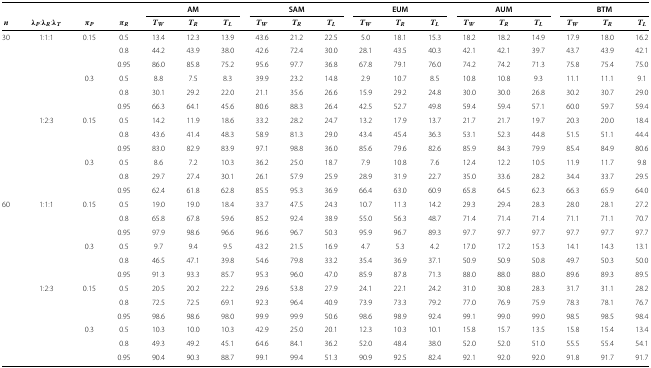
<table><thead><tr><td></td><td></td><td></td><td></td><td colspan="3"><b>AM</b></td><td colspan="3"><b>SAM</b></td><td colspan="3"><b>EUM</b></td><td colspan="3"><b>AUM</b></td><td colspan="3"><b>BTM</b></td></tr><tr><td><b><i>n</i></b></td><td><b><i>λ</i><sub><i>P</i></sub>: <i>λ</i><sub><i>R</i></sub>: <i>λ</i><sub><i>T</i></sub></b></td><td><b><i>π</i><sub><i>P</i></sub></b></td><td><b><i>π</i><sub><i>R</i></sub></b></td><td><b><i>T</i><sub><i>W</i></sub></b></td><td><b><i>T</i><sub><i>R</i></sub></b></td><td><b><i>T</i><sub><i>L</i></sub></b></td><td><b><i>T</i><sub><i>W</i></sub></b></td><td><b><i>T</i><sub><i>R</i></sub></b></td><td><b><i>T</i><sub><i>L</i></sub></b></td><td><b><i>T</i><sub><i>W</i></sub></b></td><td><b><i>T</i><sub><i>R</i></sub></b></td><td><b><i>T</i><sub><i>L</i></sub></b></td><td><b><i>T</i><sub><i>W</i></sub></b></td><td><b><i>T</i><sub><i>R</i></sub></b></td><td><b><i>T</i><sub><i>L</i></sub></b></td><td><b><i>T</i><sub><i>W</i></sub></b></td><td><b><i>T</i><sub><i>R</i></sub></b></td><td><b><i>T</i><sub><i>L</i></sub></b></td></tr></thead><tbody><tr><td>30</td><td>1:1:1</td><td>0.15</td><td>0.5</td><td>13.4</td><td>12.3</td><td>13.9</td><td>43.6</td><td>21.2</td><td>22.5</td><td>5.0</td><td>18.1</td><td>15.3</td><td>18.2</td><td>18.2</td><td>14.9</td><td>17.9</td><td>18.0</td><td>16.2</td></tr><tr><td></td><td></td><td></td><td>0.8</td><td>44.2</td><td>43.9</td><td>38.0</td><td>42.6</td><td>72.4</td><td>30.0</td><td>28.1</td><td>43.5</td><td>40.3</td><td>42.1</td><td>42.1</td><td>39.7</td><td>43.7</td><td>43.9</td><td>42.1</td></tr><tr><td></td><td></td><td></td><td>0.95</td><td>86.0</td><td>85.8</td><td>75.2</td><td>95.6</td><td>97.7</td><td>36.8</td><td>67.8</td><td>79.1</td><td>76.0</td><td>74.2</td><td>74.2</td><td>71.3</td><td>75.8</td><td>75.4</td><td>75.0</td></tr><tr><td></td><td></td><td>0.3</td><td>0.5</td><td>8.8</td><td>7.5</td><td>8.3</td><td>39.9</td><td>23.2</td><td>14.8</td><td>2.9</td><td>10.7</td><td>8.5</td><td>10.8</td><td>10.8</td><td>9.3</td><td>11.1</td><td>11.1</td><td>9.1</td></tr><tr><td></td><td></td><td></td><td>0.8</td><td>30.1</td><td>29.2</td><td>22.0</td><td>21.1</td><td>35.6</td><td>26.6</td><td>15.9</td><td>29.2</td><td>24.8</td><td>30.0</td><td>30.0</td><td>26.8</td><td>30.2</td><td>30.7</td><td>29.0</td></tr><tr><td></td><td></td><td></td><td>0.95</td><td>66.3</td><td>64.1</td><td>45.6</td><td>80.6</td><td>88.3</td><td>26.4</td><td>42.5</td><td>52.7</td><td>49.8</td><td>59.4</td><td>59.4</td><td>57.1</td><td>60.0</td><td>59.7</td><td>59.4</td></tr><tr><td></td><td>1:2:3</td><td>0.15</td><td>0.5</td><td>14.2</td><td>11.9</td><td>18.6</td><td>33.2</td><td>28.2</td><td>24.7</td><td>13.2</td><td>17.9</td><td>13.7</td><td>21.7</td><td>21.7</td><td>19.7</td><td>20.3</td><td>20.0</td><td>18.4</td></tr><tr><td></td><td></td><td></td><td>0.8</td><td>43.6</td><td>41.4</td><td>48.3</td><td>58.9</td><td>81.3</td><td>29.0</td><td>43.4</td><td>45.4</td><td>36.3</td><td>53.1</td><td>52.3</td><td>44.8</td><td>51.5</td><td>51.1</td><td>44.4</td></tr><tr><td></td><td></td><td></td><td>0.95</td><td>83.0</td><td>82.9</td><td>83.9</td><td>97.1</td><td>98.8</td><td>36.0</td><td>85.6</td><td>79.6</td><td>82.6</td><td>85.9</td><td>84.3</td><td>79.9</td><td>85.4</td><td>84.9</td><td>80.6</td></tr><tr><td></td><td></td><td>0.3</td><td>0.5</td><td>8.6</td><td>7.2</td><td>10.3</td><td>36.2</td><td>25.0</td><td>18.7</td><td>7.9</td><td>10.8</td><td>7.6</td><td>12.4</td><td>12.2</td><td>10.5</td><td>11.9</td><td>11.7</td><td>9.8</td></tr><tr><td></td><td></td><td></td><td>0.8</td><td>29.7</td><td>27.4</td><td>30.1</td><td>26.1</td><td>57.9</td><td>25.9</td><td>28.9</td><td>31.9</td><td>22.7</td><td>35.0</td><td>33.6</td><td>28.2</td><td>34.4</td><td>33.7</td><td>29.5</td></tr><tr><td></td><td></td><td></td><td>0.95</td><td>62.4</td><td>61.8</td><td>62.8</td><td>85.5</td><td>95.3</td><td>36.9</td><td>66.4</td><td>63.0</td><td>60.9</td><td>65.8</td><td>64.5</td><td>62.3</td><td>66.3</td><td>65.9</td><td>64.0</td></tr><tr><td>60</td><td>1:1:1</td><td>0.15</td><td>0.5</td><td>19.0</td><td>19.0</td><td>18.4</td><td>33.7</td><td>47.5</td><td>24.3</td><td>10.7</td><td>11.3</td><td>14.2</td><td>29.3</td><td>29.4</td><td>28.3</td><td>28.0</td><td>28.1</td><td>27.2</td></tr><tr><td></td><td></td><td></td><td>0.8</td><td>65.8</td><td>67.8</td><td>59.6</td><td>85.2</td><td>92.4</td><td>38.9</td><td>55.0</td><td>56.3</td><td>48.7</td><td>71.4</td><td>71.4</td><td>71.4</td><td>71.1</td><td>71.1</td><td>70.7</td></tr><tr><td></td><td></td><td></td><td>0.95</td><td>97.9</td><td>98.6</td><td>96.6</td><td>96.6</td><td>96.7</td><td>50.3</td><td>95.9</td><td>96.7</td><td>89.3</td><td>97.7</td><td>97.7</td><td>97.7</td><td>97.7</td><td>97.7</td><td>97.7</td></tr><tr><td></td><td></td><td>0.3</td><td>0.5</td><td>9.7</td><td>9.4</td><td>9.5</td><td>43.2</td><td>21.5</td><td>16.9</td><td>4.7</td><td>5.3</td><td>4.2</td><td>17.0</td><td>17.2</td><td>15.3</td><td>14.1</td><td>14.3</td><td>13.1</td></tr><tr><td></td><td></td><td></td><td>0.8</td><td>46.5</td><td>47.1</td><td>39.8</td><td>54.6</td><td>79.8</td><td>33.2</td><td>35.4</td><td>36.9</td><td>37.1</td><td>50.9</td><td>50.9</td><td>50.8</td><td>49.7</td><td>50.3</td><td>50.0</td></tr><tr><td></td><td></td><td></td><td>0.95</td><td>91.3</td><td>93.3</td><td>85.7</td><td>95.3</td><td>96.0</td><td>47.0</td><td>85.9</td><td>87.8</td><td>71.3</td><td>88.0</td><td>88.0</td><td>88.0</td><td>89.6</td><td>89.3</td><td>89.5</td></tr><tr><td></td><td>1:2:3</td><td>0.15</td><td>0.5</td><td>20.5</td><td>20.2</td><td>22.2</td><td>29.6</td><td>53.8</td><td>27.9</td><td>24.1</td><td>22.1</td><td>24.2</td><td>31.0</td><td>30.8</td><td>28.3</td><td>31.7</td><td>31.1</td><td>28.2</td></tr><tr><td></td><td></td><td></td><td>0.8</td><td>72.5</td><td>72.5</td><td>69.1</td><td>92.3</td><td>96.4</td><td>40.9</td><td>73.9</td><td>73.3</td><td>79.2</td><td>77.0</td><td>76.9</td><td>75.9</td><td>78.3</td><td>78.1</td><td>76.7</td></tr><tr><td></td><td></td><td></td><td>0.95</td><td>98.6</td><td>98.6</td><td>98.0</td><td>99.9</td><td>99.9</td><td>50.6</td><td>98.6</td><td>98.9</td><td>92.4</td><td>99.1</td><td>99.0</td><td>99.0</td><td>98.5</td><td>98.5</td><td>98.4</td></tr><tr><td></td><td></td><td>0.3</td><td>0.5</td><td>10.3</td><td>10.0</td><td>10.3</td><td>42.9</td><td>25.0</td><td>20.1</td><td>12.3</td><td>10.3</td><td>10.1</td><td>15.8</td><td>15.7</td><td>13.5</td><td>15.8</td><td>15.4</td><td>13.4</td></tr><tr><td></td><td></td><td></td><td>0.8</td><td>49.3</td><td>49.2</td><td>45.1</td><td>64.6</td><td>84.1</td><td>36.2</td><td>52.0</td><td>48.4</td><td>38.0</td><td>52.0</td><td>52.0</td><td>51.0</td><td>55.5</td><td>55.4</td><td>54.1</td></tr><tr><td></td><td></td><td></td><td>0.95</td><td>90.4</td><td>90.3</td><td>88.7</td><td>99.1</td><td>99.4</td><td>51.3</td><td>90.9</td><td>92.5</td><td>82.4</td><td>92.1</td><td>92.0</td><td>92.0</td><td>91.8</td><td>91.7</td><td>91.7</td></tr></tbody></table>